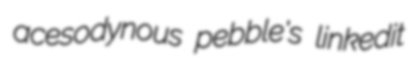
acesodynous pebble's linkedit